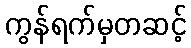
ကွန်ရက်မှတဆင့်